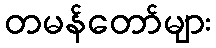
တမန်တော်များ